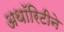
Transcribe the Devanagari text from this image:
अथॉरिटीने